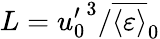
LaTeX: L={u_{0}^{\prime}}^{3}/\overline{{\langle\varepsilon\rangle}}_{0}